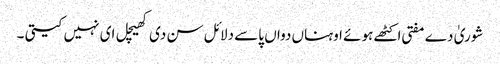
شوریٰ دے مفتی اکٹھے ہوئے اوہناں دواں پاسے دلائل سن دی کھیچل ای نہیں کیتی ۔